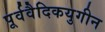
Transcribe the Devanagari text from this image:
पूर्ववैदिकयुगीन